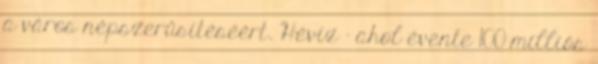
a város népszerûsítéséért. Hévíz – ahol évente 100 milliós